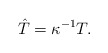
\begin{align*} \hat{T}=\kappa^{-1}T.\end{align*}